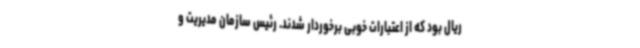
ریال بود که از اعتبارات خوبی برخوردار شدند. رئیس سازمان مدیریت و